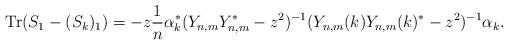
LaTeX: \begin{align*}\mathrm{Tr} (S_1 - (S_k)_1) = - z \frac{1}{n} \alpha_k^* (Y_{n,m} Y_{n,m}^* - z^2)^{-1}(Y_{n,m}(k) Y_{n,m}(k)^* - z^2)^{-1} \alpha_k.\end{align*}